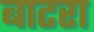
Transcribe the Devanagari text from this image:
बाटरा